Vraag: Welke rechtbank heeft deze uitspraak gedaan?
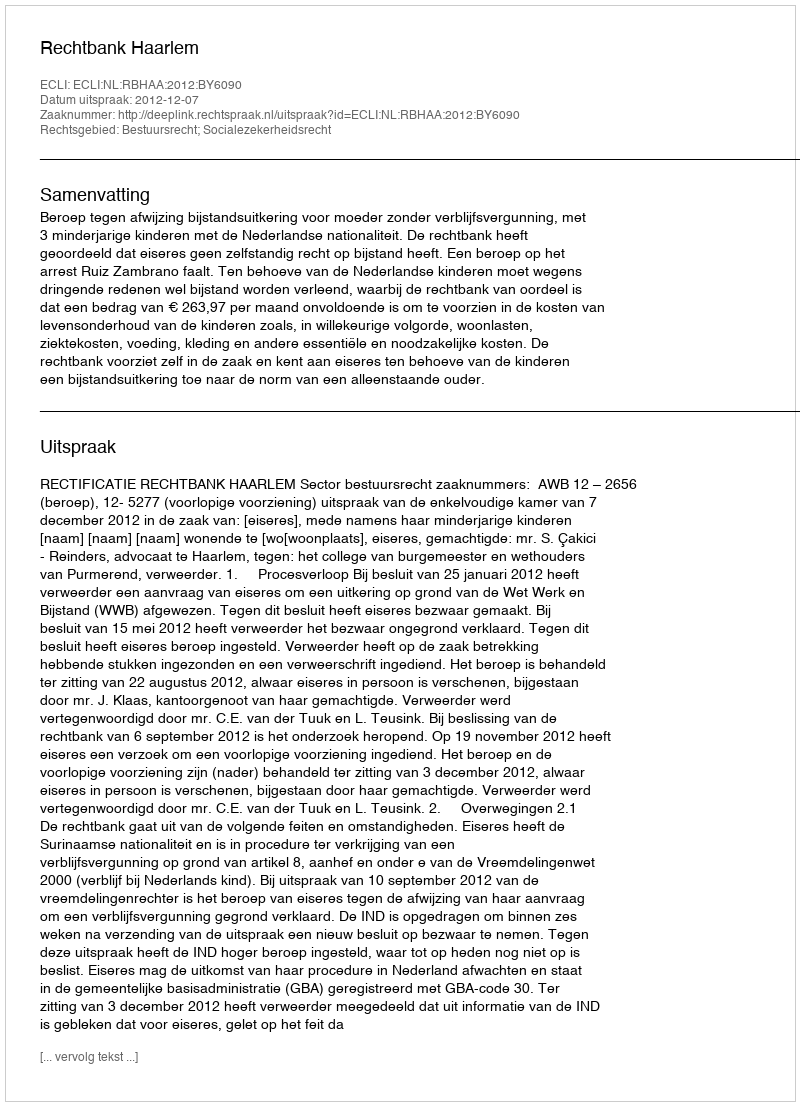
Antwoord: Rechtbank Haarlem